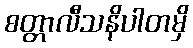
စတ္တာလီသနိပါတမှိ